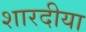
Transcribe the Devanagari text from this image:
शारदीया